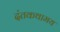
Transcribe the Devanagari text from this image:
दंतकथामय